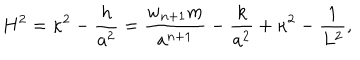
LaTeX: H ^ { 2 } = \kappa ^ { 2 } - { \frac { h } { a ^ { 2 } } } = { \frac { w _ { n + 1 } m } { a ^ { n + 1 } } } - { \frac { k } { a ^ { 2 } } } + \kappa ^ { 2 } - { \frac { 1 } { L ^ { 2 } } } ,